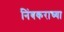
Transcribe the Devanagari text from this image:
निंबकराच्या